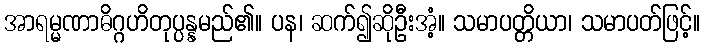
အာရမ္မဏာဓိဂ္ဂဟိတုပ္ပန္နမည်၏။ ပန၊ ဆက်၍ဆိုဦးအံ့။ သမာပတ္တိယာ၊ သမာပတ်ဖြင့်။